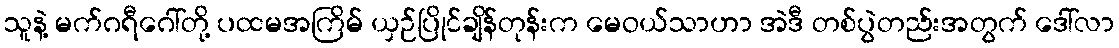
သူနဲ့ မက်ဂရီဂေါ်တို့ ပထမအကြိမ် ယှဉ်ပြိုင်ချိန်တုန်းက မေဝယ်သာဟာ အဲဒီ တစ်ပွဲတည်းအတွက် ဒေါ်လာ